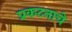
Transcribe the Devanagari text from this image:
प्रकटनाचे